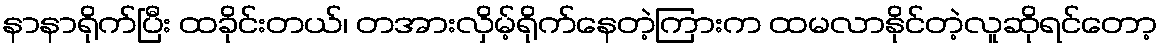
နာနာရိုက်ပြီး ထခိုင်းတယ်၊ တအားလှိမ့်ရိုက်နေတဲ့ကြားက ထမလာနိုင်တဲ့လူဆိုရင်တော့